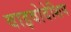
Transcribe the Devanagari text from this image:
वाइवोदेशिप